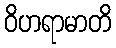
ဝိဟရာမာတိ